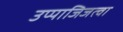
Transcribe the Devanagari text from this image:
उप्पाजिजत्वा